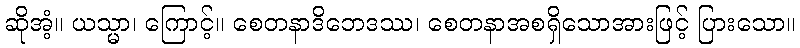
ဆိုအံ့။ ယသ္မာ၊ ကြောင့်။ စေတနာဒိဘေဒဿ၊ စေတနာအစရှိသောအားဖြင့် ပြားသော။